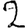
Digit: 2